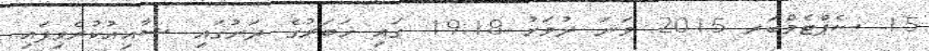
15 ސެޕްޓެމްބަރ 2015 ވަނަ ދުވަހު 19:18 ގައި ޚަބަރުގެ ދަށުގައި ޝާއިޢުކުރެވިފައި.